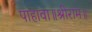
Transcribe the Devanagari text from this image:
पाहावा॥श्रीराम॥